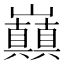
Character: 𭗸